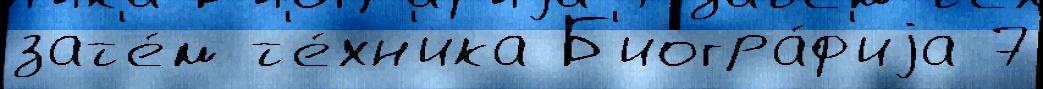
зат'е́м т'е́хн'ика Б'иогра́ф'иjа 7